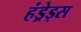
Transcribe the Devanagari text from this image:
हंड्रेड्स